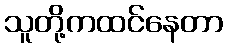
သူတို့ကထင်နေတာ